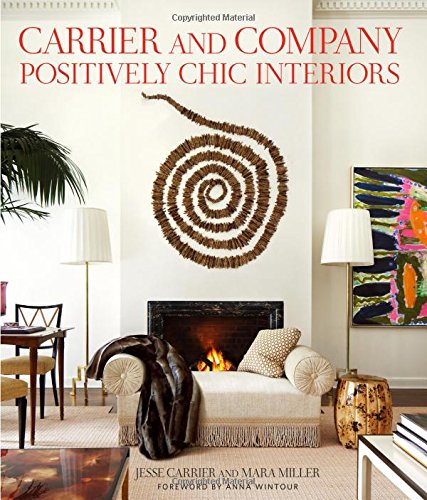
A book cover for Carrier and Company: Positively Chic Interiors; Jesse Carrier; Crafts, Hobbies & Home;